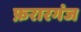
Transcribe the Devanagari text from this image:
फ़रारगंज